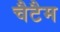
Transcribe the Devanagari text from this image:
चैटैम